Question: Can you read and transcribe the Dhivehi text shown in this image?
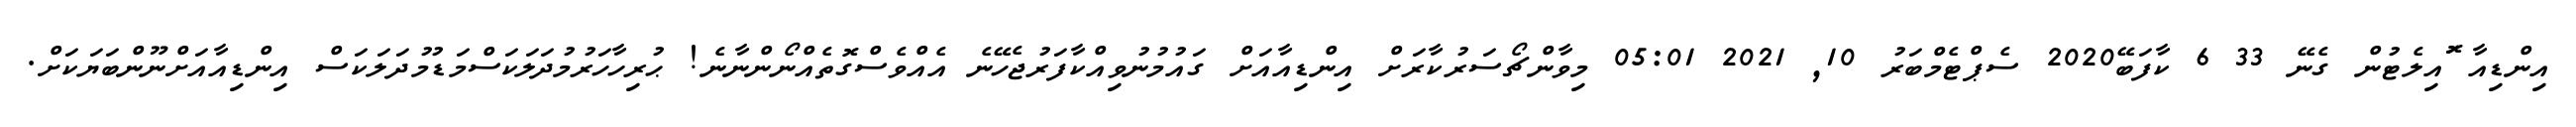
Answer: އިންޑިއާ ޮައިލެޓުން ގެނޭ 33 6 ކާފަބޭ2020 ސެޕްޓެމްބަރު 10, 2021 05:01 މިވާންޗޯސަރުކާރަށް އިންޑިއާއަށް ގައުމުނުވިއްކާފަރުޖެހޭނެ އެއްވެސްގޮތެއްނޯންނާނެ! ޙުރިހާހަރުމުދަލަކަސްމަޑުމުދަލަކަސް އިންޑިއާއަށްނޫންބަޔަކަށް.